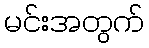
မင်းအတွက်